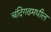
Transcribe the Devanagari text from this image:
चंदिगढमधील